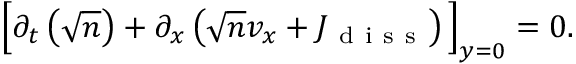
\begin{array} { r } { \Big [ \partial _ { t } \left( \sqrt { n } \right) + \partial _ { x } \left( \sqrt { n } v _ { x } + J _ { \mathrm { ~ d ~ i ~ s ~ s ~ } } \right) \Big ] _ { y = 0 } = 0 . } \end{array}